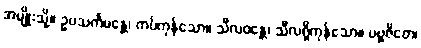
အမျိုးသို့။ ဥပသင်္ကမန္တေ၊ ကပ်ကုန်သော။ သီလဝန္တေ၊ သီလရှိကုန်သော။ ပဗ္ဗဇိတေ၊